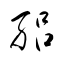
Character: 絽